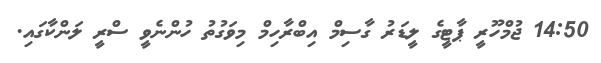
14:50 ޖުމްހޫރީ ޕާޓީގެ ލީޑަރު ގާސިމް އިބްރާހިމް މިވަގުތު ހުންނެވީ ސްރީ ލަންކާގައި.